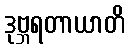
ဒုဗ္ဘရတာယာတိ